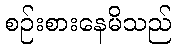
စဉ်းစားနေမိသည်